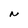
Character: N